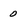
Character: 0